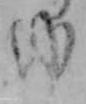
ゆ